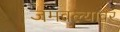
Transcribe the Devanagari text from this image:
जमवल्यावर